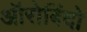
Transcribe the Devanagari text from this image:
ऑरोबिंदो